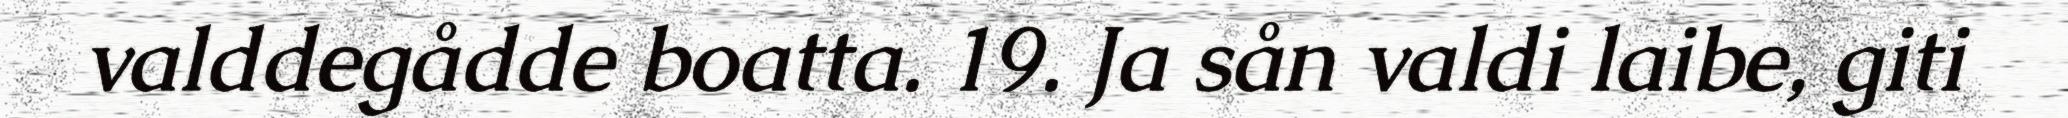
valddegådde boatta. 19. Ja sån valdi laibe, giti